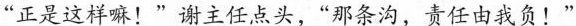
“正是这样嘛!”谢主任点头，“那条沟，责任由我负!”